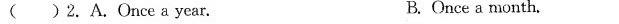
( )2.A.Once a year. B. Once a month.